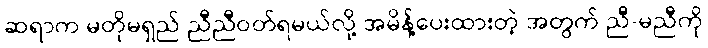
ဆရာက မတိုမရှည် ညီညီဝတ်ရမယ်လို့ အမိန့်ပေးထားတဲ့ အတွက် ညီ-မညီကို